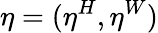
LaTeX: \eta=(\eta^{H},\eta^{W})